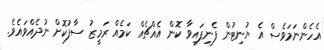
އެހެންނަމަވެސް އެ ޔުނިޓުން ފެނިފައިވާ ކޮން އެއްޗެއް ކަމެއް ރަމީޒު ސާފުކޮށް ނުދެއްވައެވެ.